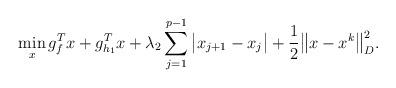
LaTeX: \begin{align*}\min_x g^T_f x + g^T_{h_1} x + \lambda_2 \sum_{j=1}^{p-1} \big|x_{j+1} - x_j\big| + \frac{1}{2} \big\|x - x^k\big\|^2_D.\end{align*}